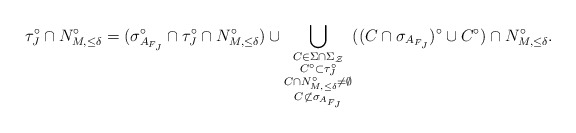
\begin{align*}\tau_J^\circ \cap N_{M, \leq \delta}^\circ = (\sigma_{A_{F_J}}^{\circ} \cap \tau_J^\circ \cap N_{M, \leq \delta}^\circ) \cup \bigcup_{\substack{C \in \Sigma \cap \Sigma_{\mathcal{Z}} \\ C^\circ \subset \tau_J^\circ \\ C \cap N_{M, \leq \delta}^\circ \not= \emptyset \\ C \not \subset \sigma_{A_{F_J}}}}((C \cap \sigma_{A_{F_J}})^\circ \cup C^\circ) \cap N_{M, \leq \delta}^\circ.\end{align*}